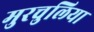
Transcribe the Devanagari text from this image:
मुरचुलिया